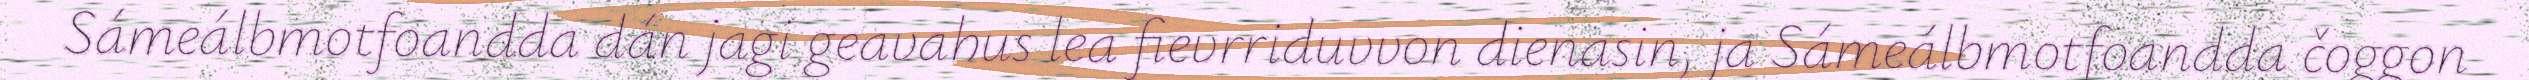
Sámeálbmotfoandda dán jagi geavahus lea fievrriduvvon dienasin, ja Sámeálbmotfoandda čoggon